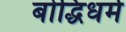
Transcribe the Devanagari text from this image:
बोद्धिधर्म